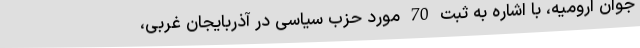
جوان ارومیه، با اشاره به ثبت 70 مورد حزب سیاسی در آذربایجان غربی،